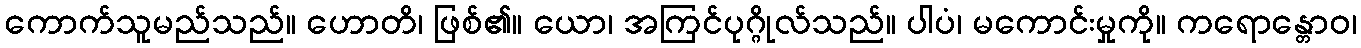
ကောက်သူမည်သည်။ ဟောတိ၊ ဖြစ်၏။ ယော၊ အကြင်ပုဂ္ဂိုလ်သည်။ ပါပံ၊ မကောင်းမှုကို။ ကရောန္တောဝ၊